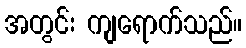
အတွင်း ကျရောက်သည်။